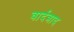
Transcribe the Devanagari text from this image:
वार्दत्राद